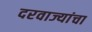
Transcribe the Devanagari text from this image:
दरवाज्यांचा